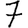
Digit: 7